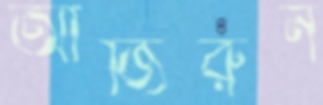
আজিরুন